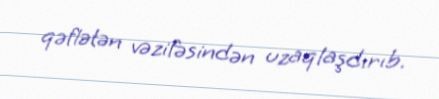
qəflətən vəzifəsindən uzaqlaşdırıb.